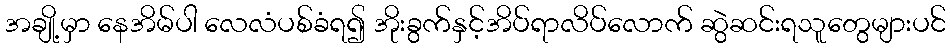
အချို့မှာ နေအိမ်ပါ လေလံပစ်ခံရ၍ အိုးခွက်နှင့်အိပ်ရာလိပ်လောက် ဆွဲဆင်းရသူတွေများပင်